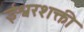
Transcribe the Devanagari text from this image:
ईश्वरशक्ती